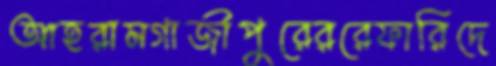
আহরামগাজীপুুরেররেফারিদে